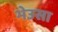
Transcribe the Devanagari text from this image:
भेउसा